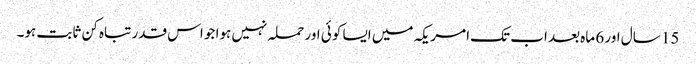
15 سال اور 6 ماہ بعد اب تک امریکہ میں ایسا کوئی اور حملہ نہیں ہوا جو اس قدر تباہ کن ثابت ہو۔